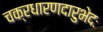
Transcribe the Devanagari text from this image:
चक्रधारणदारुभेदः